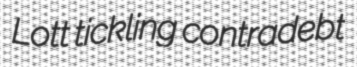
Lott tickling contradebt